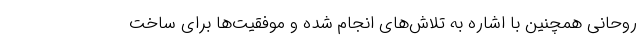
روحانی همچنین با اشاره به تلاش‌های انجام شده و موفقیت‌ها برای ساخت